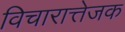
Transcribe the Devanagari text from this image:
विचारात्तेजक